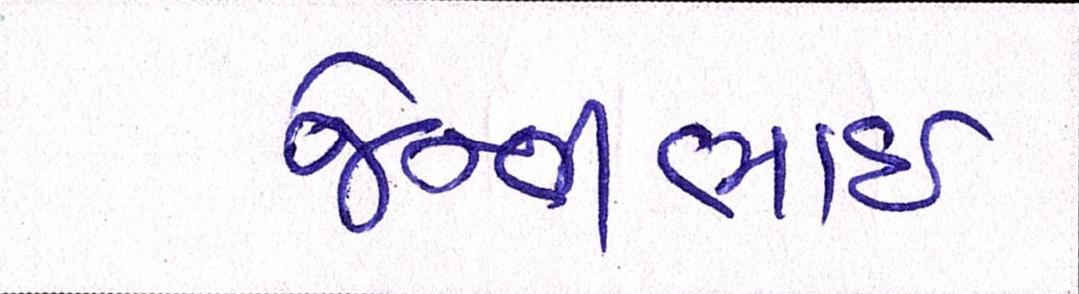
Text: જેન્તીભાઈ